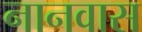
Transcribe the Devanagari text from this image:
नानवास